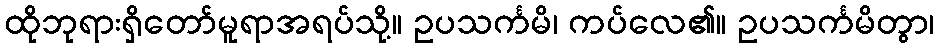
ထိုဘုရားရှိတော်မူရာအရပ်သို့။ ဥပသင်္ကမိ၊ ကပ်လေ၏။ ဥပသင်္ကမိတွာ၊